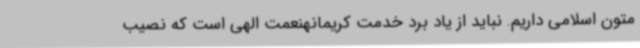
متون اسلامی داریم. نباید از یاد برد خدمت کریمانهنعمت الهی است که نصیب